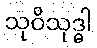
သုဝိသုဒ္ဓါ